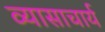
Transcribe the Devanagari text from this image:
व्यासाचार्य